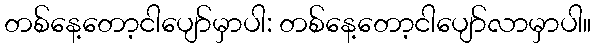
တစ်နေ့တော့ငါပျော်မှာပါ: တစ်နေ့တော့ငါပျော်လာမှာပါ။